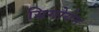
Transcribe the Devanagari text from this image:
य्रिगोयेन